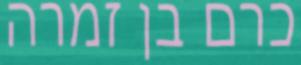
כרם בן זמרה